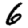
Digit: 6